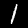
Label: 1